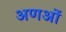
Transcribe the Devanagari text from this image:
अणओं